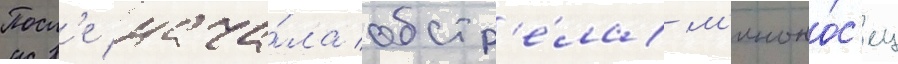
Посл'е нача́ла обстр'е́ла м'иноно́с'ец